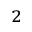
^ 2